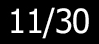
11/30